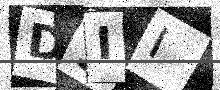
Text: D9II